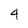
Character: 4